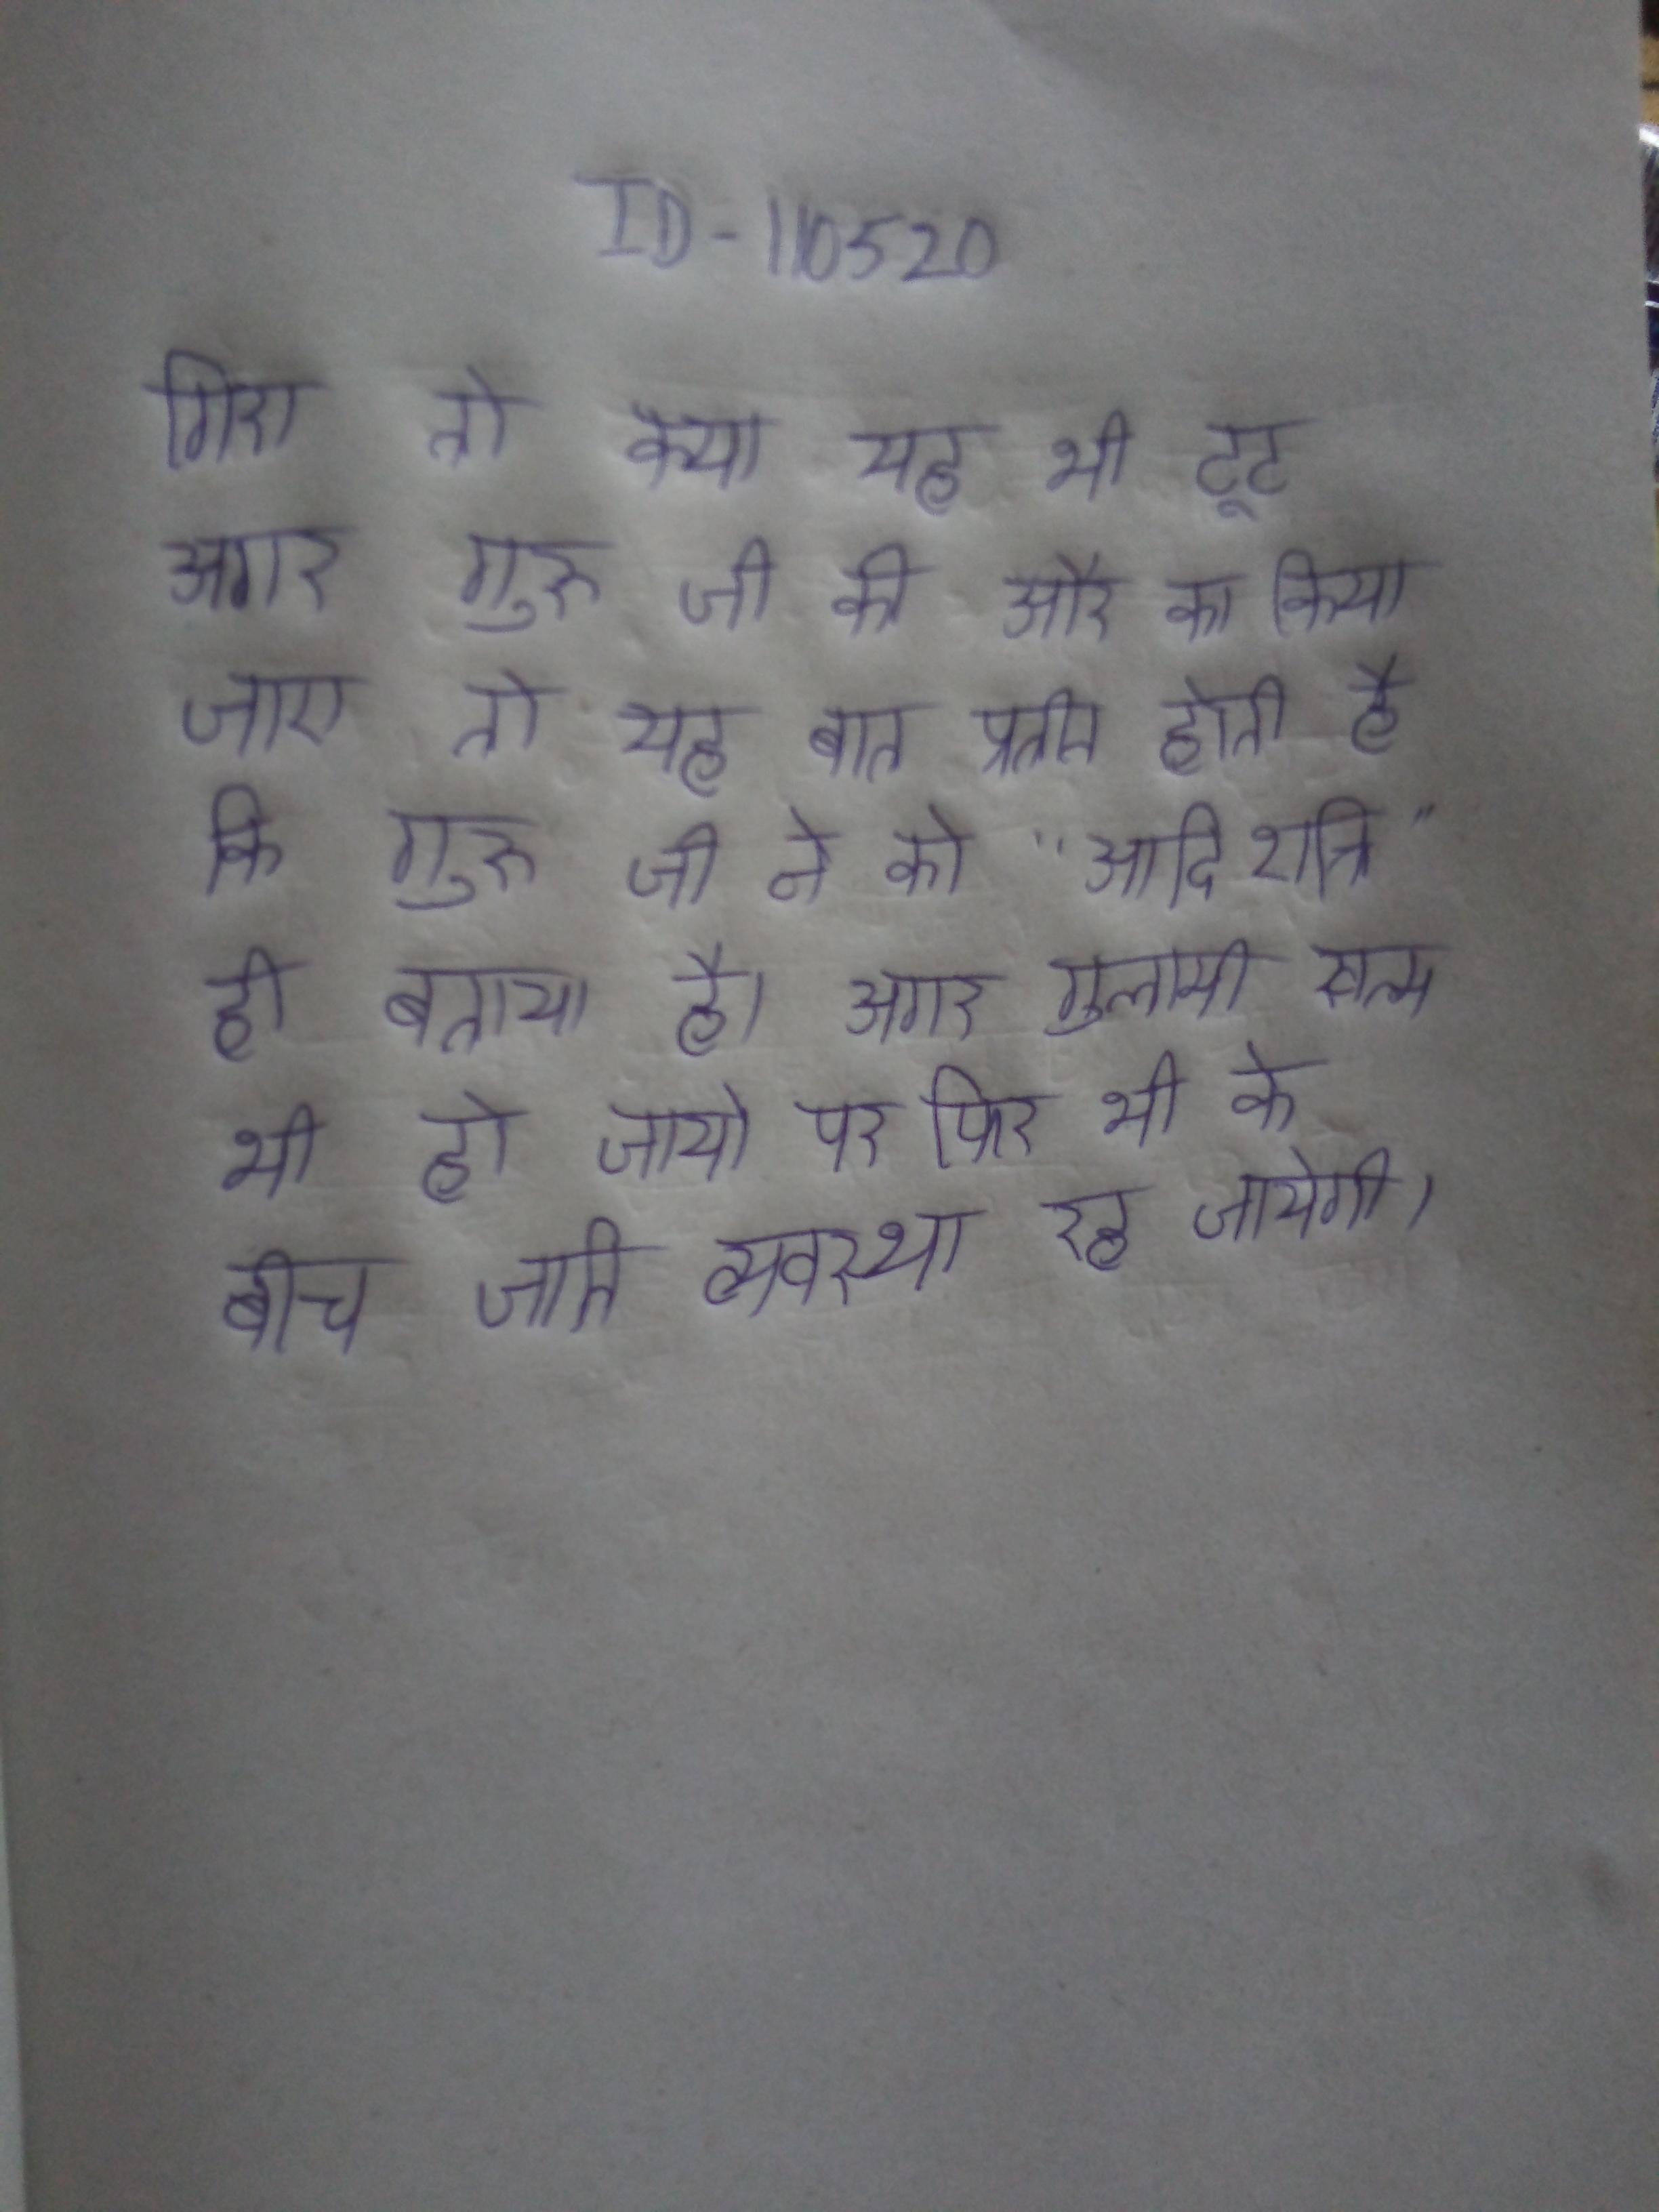
गिरा तो क्या यह भी टूट अगर गुरु जी की और का किया जाए तो यह बात प्रतीत होती है कि गुरु जी ने को "आदि शक्ति" ही बताया है । अगर गुलामी खत्म भी हो जाये पर फिर भी के बीच जाति व्यवस्था रह जायेगी ।